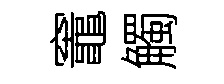
竈觸